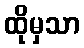
ထိုမှသာ